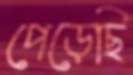
পেড়েছি